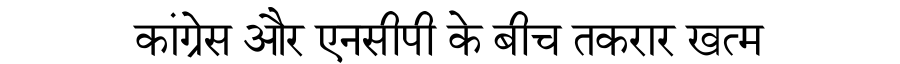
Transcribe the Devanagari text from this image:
कांग्रेस और एनसीपी के बीच तकरार खत्म